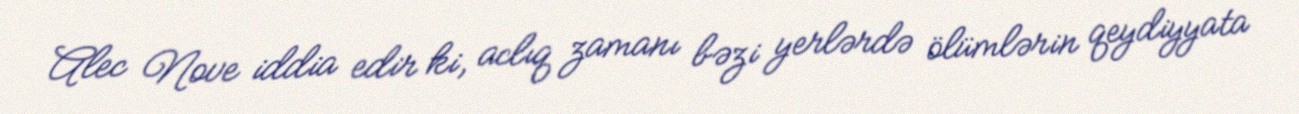
Alec Nove iddia edir ki, aclıq zamanı bəzi yerlərdə ölümlərin qeydiyyata